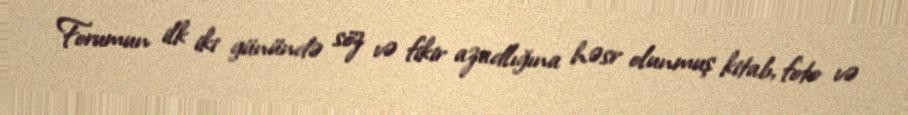
Forumun ilk iki günündə söz və fikir azadlığına həsr olunmuş kitab, foto və